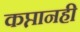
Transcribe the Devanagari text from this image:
कप्तानही